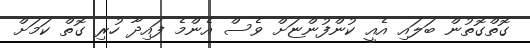
ގޮތްގޮތުން ބަލައި އެއީ ކުންފުންޏަށް ވެސް އެންމެ ފައިދާ ހުރި ގޮތް ކަމަށް